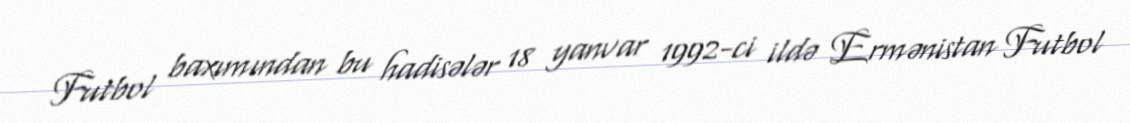
Futbol baxımından bu hadisələr 18 yanvar 1992-ci ildə Ermənistan Futbol